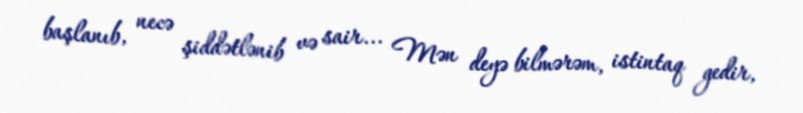
başlanıb, necə şiddətlənib və sair... Mən deyə bilmərəm, istintaq gedir,